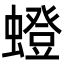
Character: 䗳